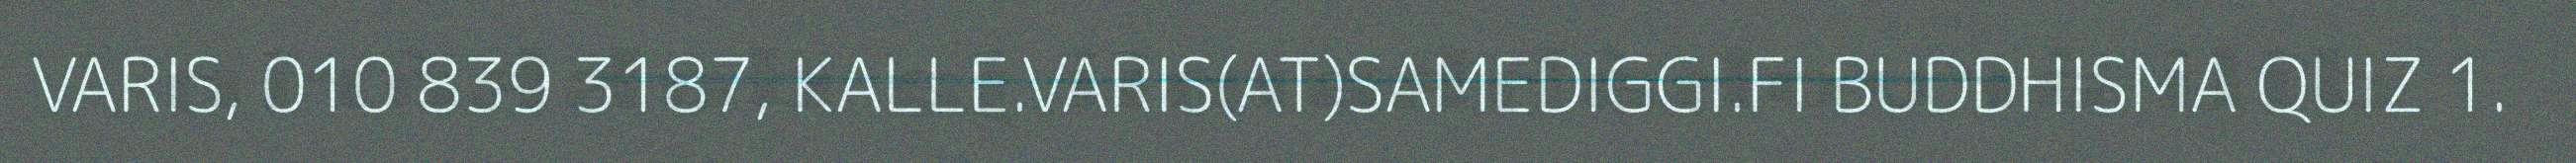
VARIS, 010 839 3187, KALLE.VARIS(AT)SAMEDIGGI.FI BUDDHISMA QUIZ 1.